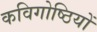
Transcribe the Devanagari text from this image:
कविगोष्ठियों